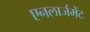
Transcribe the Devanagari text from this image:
एनलार्जमेंट